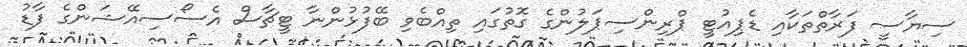
ސިޔާސީ ފަރާތްތަކާއި ޑެޕިއުޓީ ޕްރިންސިޕަލުންގެ ގޮތުގައި ތިއްބެވި ބޭފުޅުންނާ ޓީޗާސް އެސޯސިއޭޝަންގެ ފާޑު